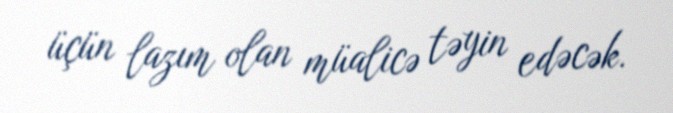
üçün lazım olan müalicə təyin edəcək.